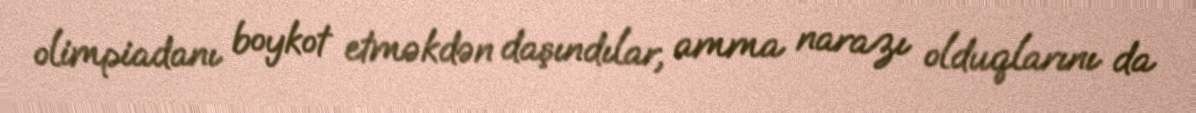
olimpiadanı boykot etməkdən daşındılar, amma narazı olduqlarını da